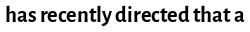
has recently directed that a